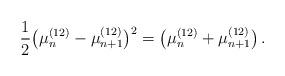
LaTeX: \begin{align*}\frac{1}{2} \big( \mu_n^{(12)}-\mu_{n+1}^{(12)} \big)^2 = \big( \mu_n^{(12)}+\mu_{n+1}^{(12)} \big) \,. \end{align*}